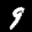
Label: 9